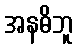
အနဓိဘူ